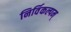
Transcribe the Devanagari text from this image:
निर्विकल्पम्